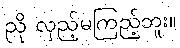
ညို လှည့်မကြည့်ဘူး။